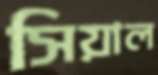
সিয়াল